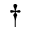
\dag